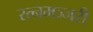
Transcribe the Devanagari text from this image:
रत्नमञ्जरी